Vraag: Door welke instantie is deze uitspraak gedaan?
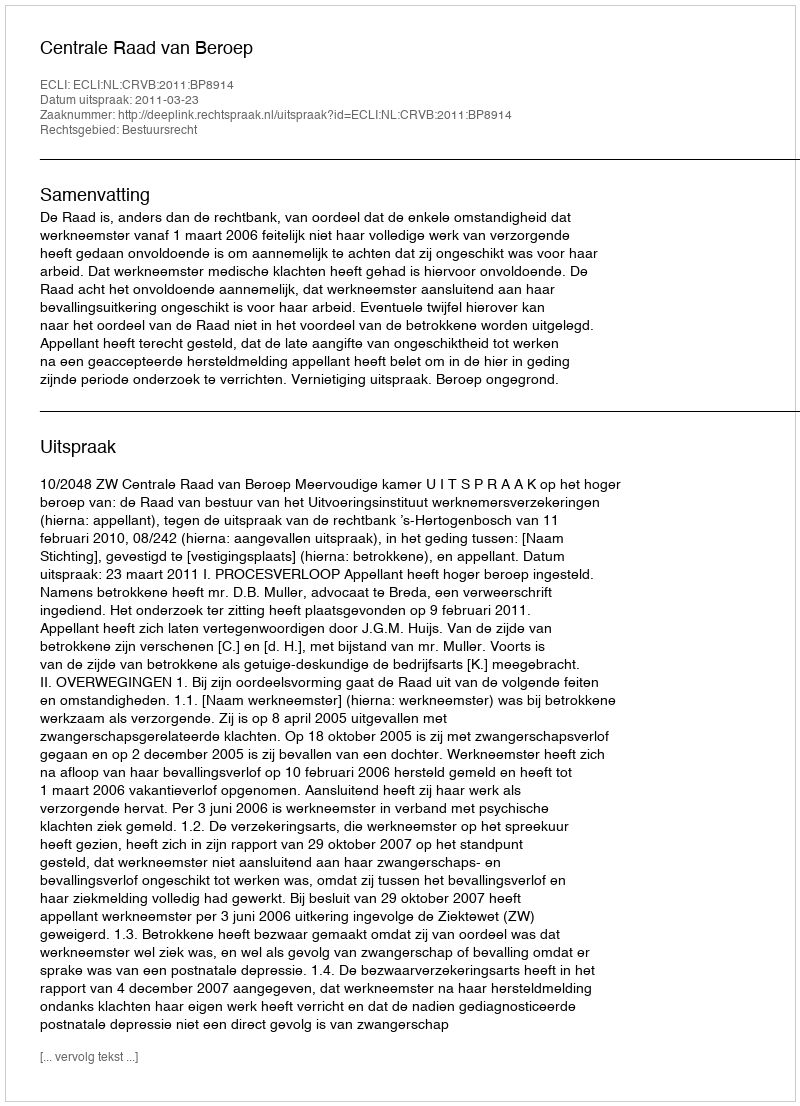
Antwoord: Centrale Raad van Beroep